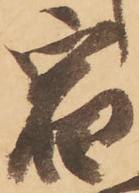
宿